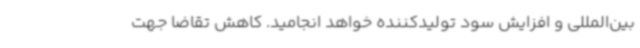
بین‌المللی و افزایش سود تولیدکننده خواهد انجامید. کاهش تقاضا جهت